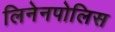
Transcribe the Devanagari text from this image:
लिनेनपोलिस